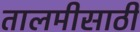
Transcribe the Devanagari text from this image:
तालमीसाठी